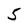
Character: 5